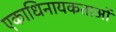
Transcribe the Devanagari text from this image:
एकाधिनायकताओं